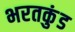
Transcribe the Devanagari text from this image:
भरतकुंड